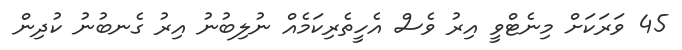
45 ވަރަކަށް މިނެޓްވީ އިރު ވެސް އެހީތެރިކަމެއް ނުލިބުނު އިރު ގެނބުނު ކުދިން